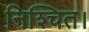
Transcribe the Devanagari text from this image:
निश्‍चित।